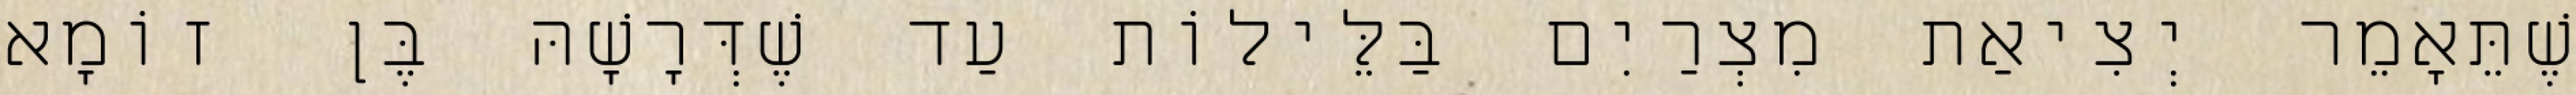
שֶׁתֵּאָמֵר יְצִיאַת מִצְרַיִם בַּלֵּילוֹת עַד שֶׁדְּרָשָׁהּ בֶּן זוֹמָא